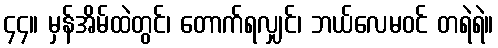
၄၄။ မှန်အိမ်ထဲတွင်၊ တောက်ရလျှင်၊ ဘယ်လေမဝင် တရဲရဲ။